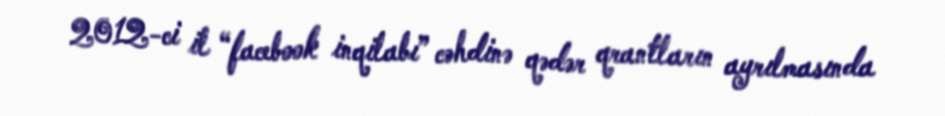
2012-ci il “facebook inqilabı” cəhdinə qədər qrantların ayrılmasında